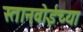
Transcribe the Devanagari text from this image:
स्तानवोईच्या